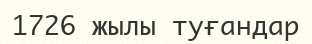
1726 жылы туғандар